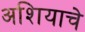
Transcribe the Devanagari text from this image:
अशियाचे